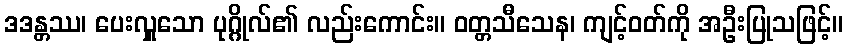
ဒဒန္တဿ၊ ပေးလှူသော ပုဂ္ဂိုလ်၏ လည်းကောင်း။ ဝတ္တသီသေန၊ ကျင့်ဝတ်ကို အဦးပြုသဖြင့်။